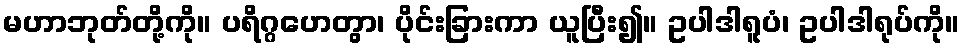
မဟာဘုတ်တို့ကို။ ပရိဂ္ဂဟေတွာ၊ ပိုင်းခြားကာ ယူပြီး၍။ ဥပါဒါရူပံ၊ ဥပါဒါရုပ်ကို။